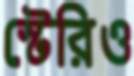
স্টেরিও